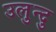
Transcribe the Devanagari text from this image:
उलुन्दु